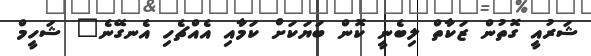
ޝަރުއީ ގޮތުން ޒަކާތް ލިބެނީ ކޮން ބަޔަކަށް ކަމާއި އެއްޗެހި އެނގޭނެ" ޝަހީމް